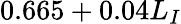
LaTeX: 0.665+0.04L_{I}